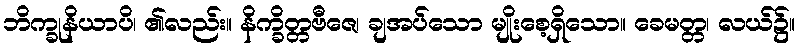
ဘိက္ခုနိယာပိ၊ ၏လည်း။ နိက္ခိတ္တဗီဇေ၊ ချအပ်သော မျိုးစေ့ရှိသော။ ခေမတ္တ၊ လယ်၌။